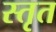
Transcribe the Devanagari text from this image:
स्तृत